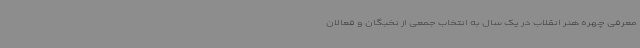
معرفی چهره هنر انقلاب در یک سال به انتخاب جمعی از نخبگان و فعالان